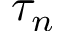
\tau _ { n }